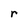
Character: r